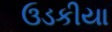
ઉડકીયા